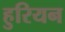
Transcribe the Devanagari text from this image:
हुरियन